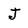
Character: J